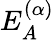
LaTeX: E_{A}^{(\alpha)}